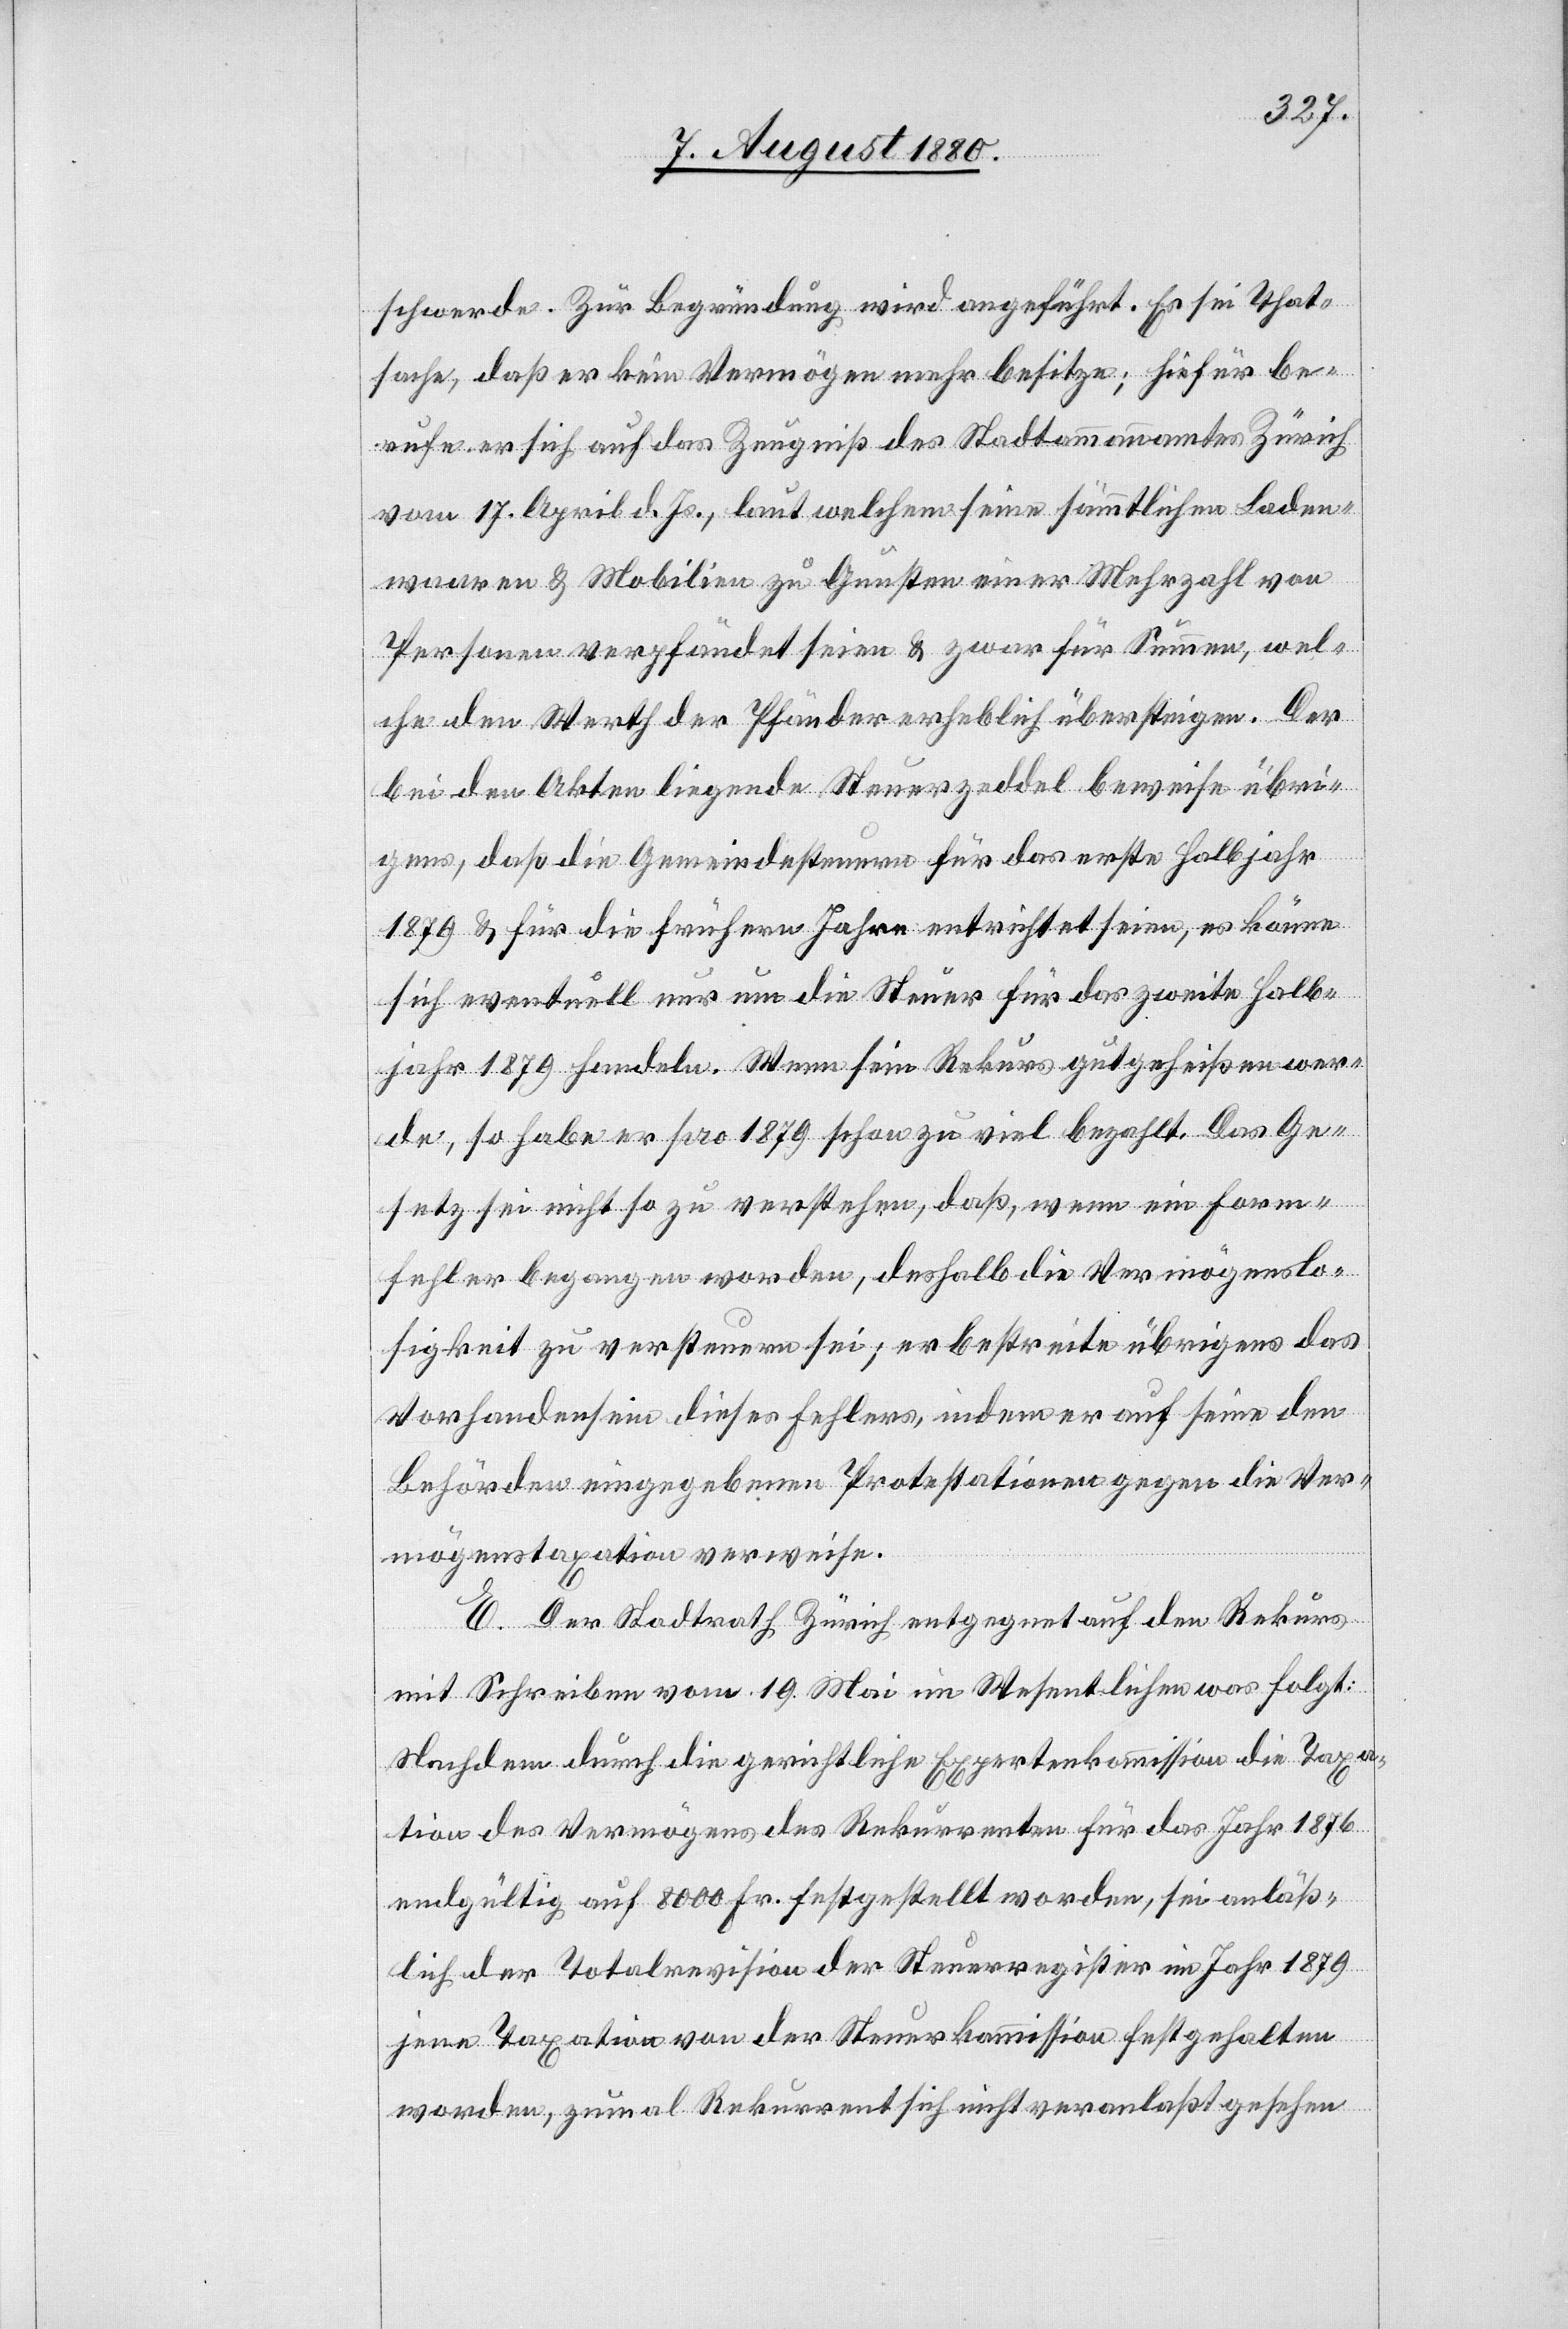
schwerde. Zur Begründung wird angeführt. Es sei That¬
sache, daß er kein Vermögen mehr besitze; hiefür be¬
rufe er sich auf das Zeugniß des Stadtammannamtes Zürich
vom 17. April d. Js., laut welchem seine sämmtlichen Laden¬
waaren & Mobilien zu Gunsten einer Mehrzahl von
Personen verpfändet seien & zwar für Summen, wel¬
che den Werth der Pfänder erheblich übersteigen. Der
bei den Akten liegende Steuerzeddel beweise übri¬
gen, daß die Gemeindesteuer für das erste Halbjahr
1879 & für die frühern Jahre entrichtet seien, es könne
sich eventuell nur um die Steuer für das zweite Halb¬
jahr 1879 handeln. Wenn sein Rekurs gutgeheißen wer¬
de, so habe er pro 1879 schon zu viel bezahlt. Das Ge¬
setz sei nicht so zu verstehen, daß wenn ein Form¬
fehler begangen worden, deshalb die Vermögenslo¬
sigkeit zu versteuern sei; er bestreite übrigens das
Vorhandensein dieses Fehlers, indem er auf seine den
Behörden eingegangenen Protestationen gegen die Ver¬
mögenstaxation verweise.
E. Der Stadtrath Zürich entgegnet auf den Rekurs
mit Schreiben vom 19. Mai im Wesentlichen was folgt:
Nachdem durch die gerichtliche Expertenkommission die Taxa¬
tion des Vermögens des Rekurrenten für das Jahr 1876
endgültig auf 8000 Fr. festgestellt worden, sei anläß¬
lich der Totalrevision der Steuerregister im Jahr 1879
jene Taxation von der Steuerkommission festgehalten
worden, zumal Rekurrent sich nicht veranlaßt gesehen